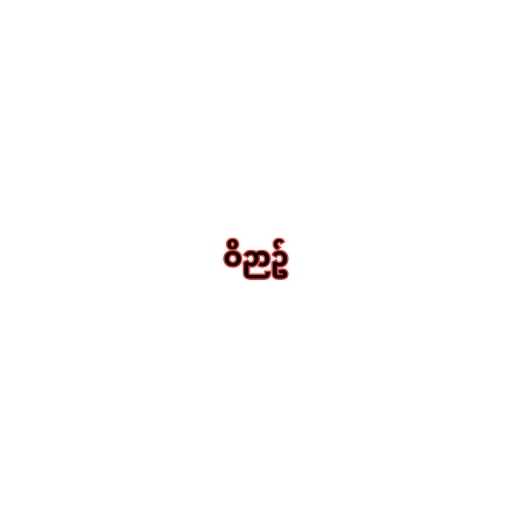
ဝိဉာဥ်